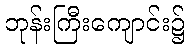
ဘုန်းကြီးကျောင်း၌